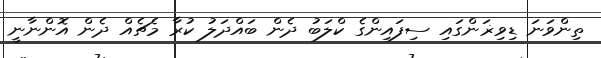
ތިންވަނަ ޑިވިޜަންގައި ސިފައިންގެ ކްލަބު ދެން ބައްދަލު ކުރާ މެޗެއް ދެން އޮންނާނީ